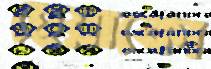
হেয়াকো